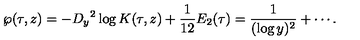
\wp ( \tau , z ) = - { D _ { y } } ^ { 2 } \log K ( \tau , z ) + \frac { 1 } { 1 2 } E _ { 2 } ( \tau ) = \frac { 1 } { ( \log y ) ^ { 2 } } + \cdots .